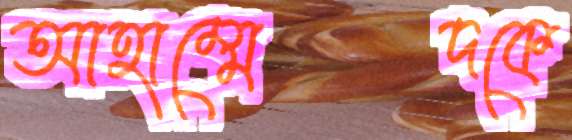
আহাম্মেদকে